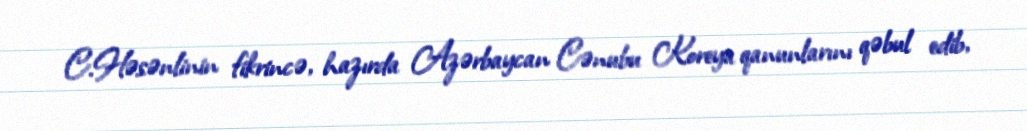
C.Həsənlinin fikrincə, hazırda Azərbaycan Cənubu Koreya qanunlarını qəbul edib,